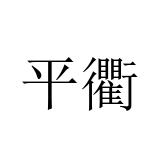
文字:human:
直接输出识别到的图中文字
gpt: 平衢